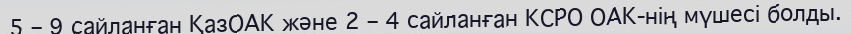
5 – 9 сайланған ҚазОАК және 2 – 4 сайланған КСРО ОАК-нің мүшесі болды.